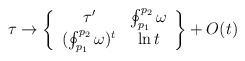
\begin{align*}\tau\to \left\{\begin{array}{cc}\tau^{\prime} & \oint_{p_1}^{p_2}\omega \\ (\oint_{p_1}^{p_2}\omega)^t & \ln t \\\end{array}\right \} + O(t)\end{align*}